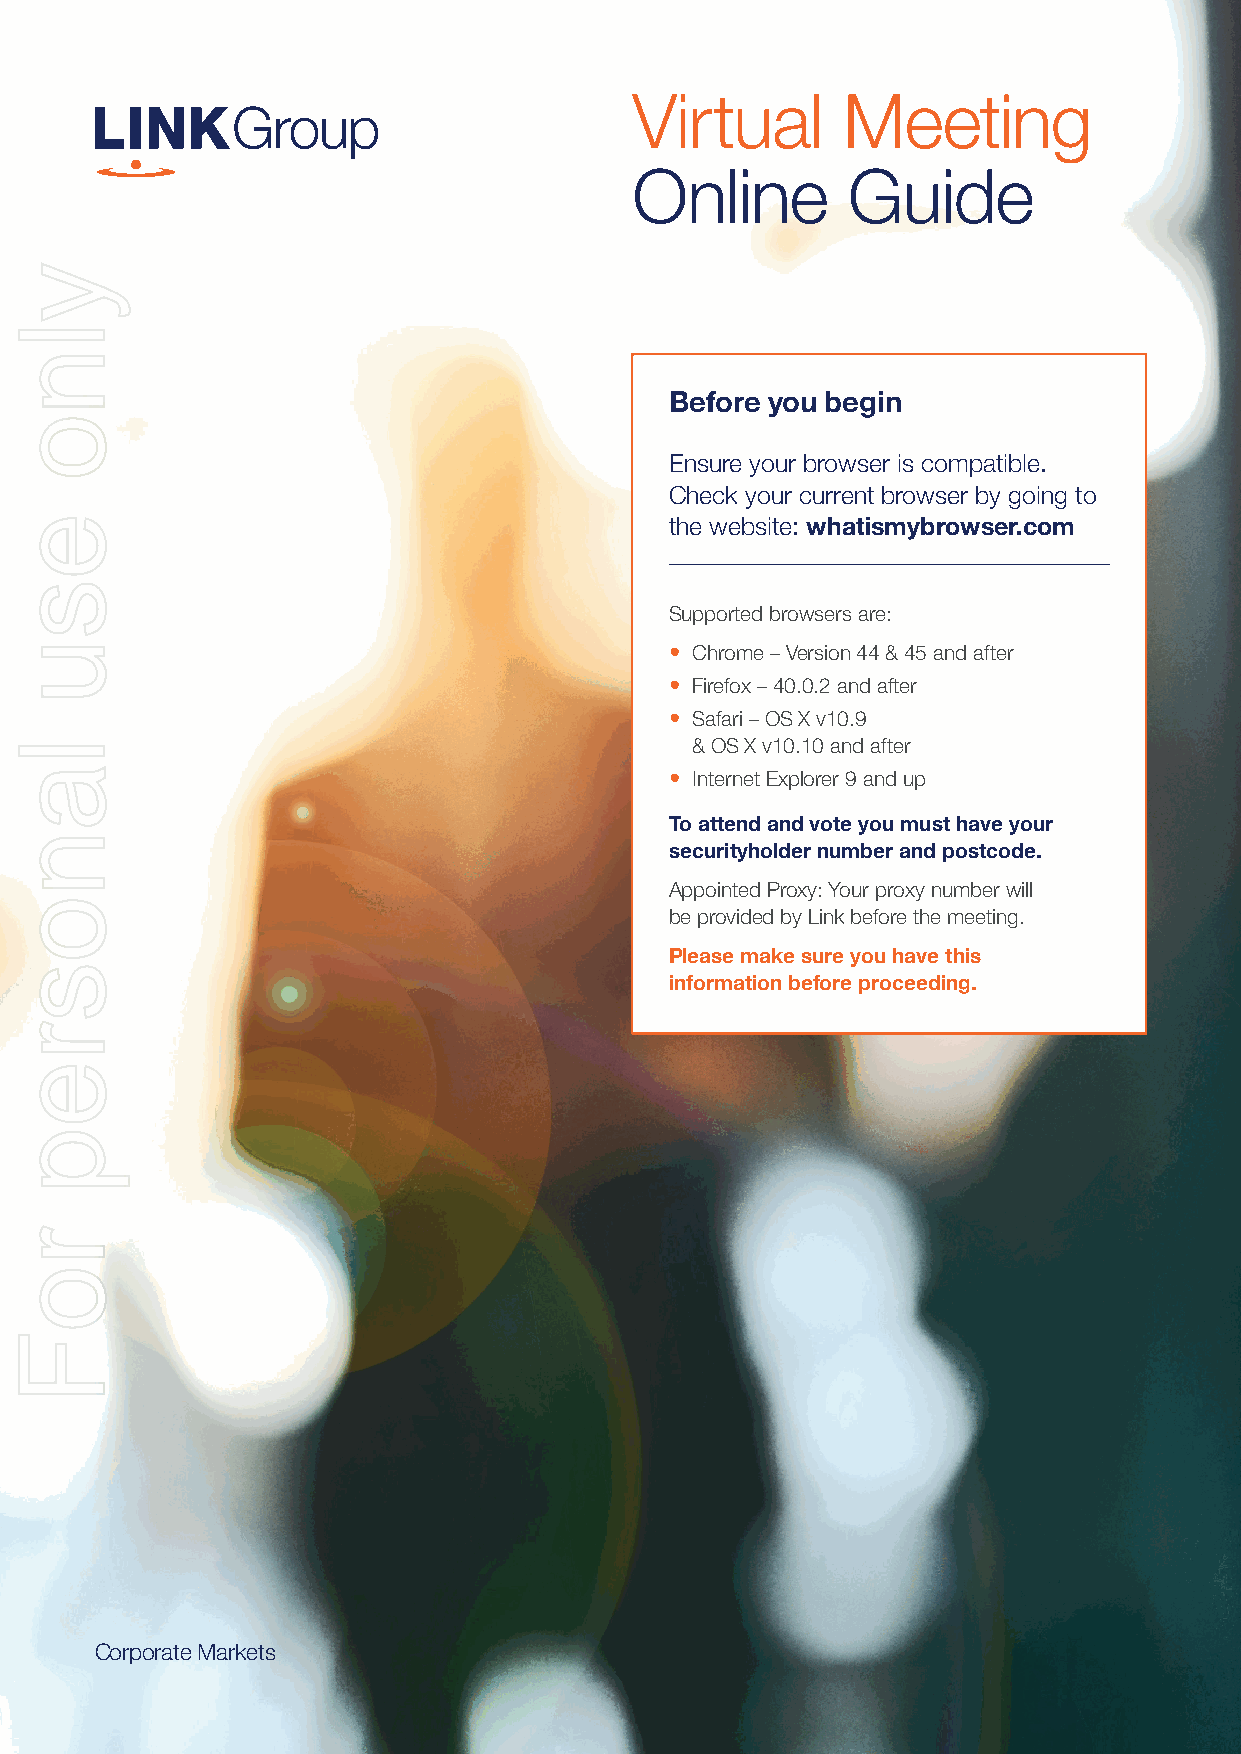
Virtual       Meeting
 Online        Guide
 Before you begin
 Ensure your browser is compatible.
 Check your current browser by going to
 the website: whatismybrowser.com
 Supported browsers are:
 • Chrome – Version 44 & 45 and after
 • Firefox – 40.0.2 and after
 • Safari – OS X v10.9
 & OS X v10.10 and after
 • Internet Explorer 9 and up
 To attend and vote you must have your
 securityholder number and postcode.
 Appointed Proxy: Your proxy number will
 be provided by Link before the meeting.
 Please make sure you have this
 information before proceeding.
 Corporate Markets
 ylno
 esu
 lanosrep
 roF